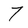
Character: 7